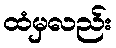
ထံမှလည်း